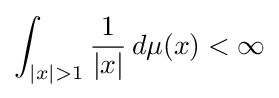
\int _{|x|>1}{\frac {1}{|x|}}\,d\mu (x)<\infty